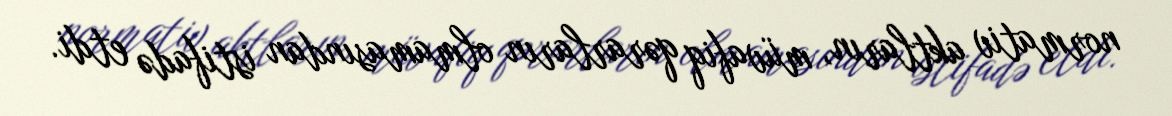
normativ aktların, müvafiq qərarların olmamasından istifadə etdi.